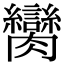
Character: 臠